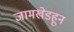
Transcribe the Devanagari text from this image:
जामखेडहून